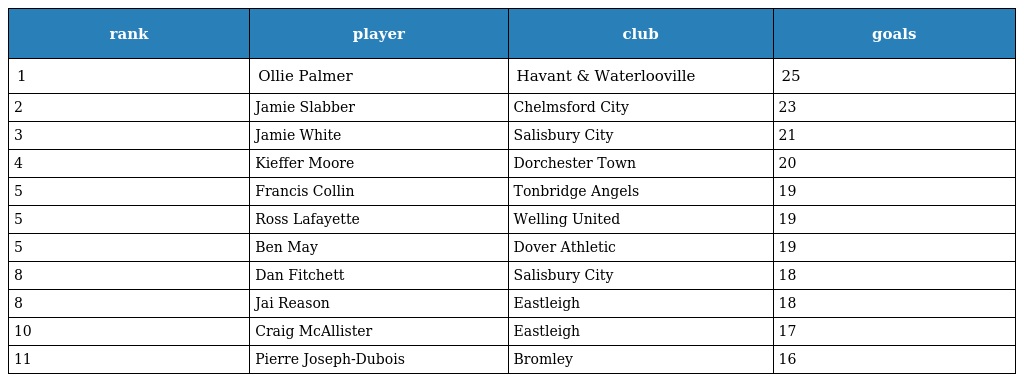
| rank | player | club | goals |
 | --- | --- | --- | --- |
 | 1 | Ollie Palmer | Havant & Waterlooville | 25 |
 | 2 | Jamie Slabber | Chelmsford City | 23 |
 | 3 | Jamie White | Salisbury City | 21 |
 | 4 | Kieffer Moore | Dorchester Town | 20 |
 | 5 | Francis Collin | Tonbridge Angels | 19 |
 | 5 | Ross Lafayette | Welling United | 19 |
 | 5 | Ben May | Dover Athletic | 19 |
 | 8 | Dan Fitchett | Salisbury City | 18 |
 | 8 | Jai Reason | Eastleigh | 18 |
 | 10 | Craig McAllister | Eastleigh | 17 |
 | 11 | Pierre Joseph-Dubois | Bromley | 16 |